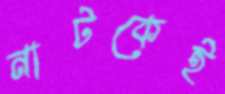
নাটকেই